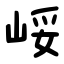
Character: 㟎